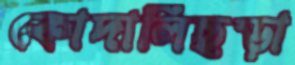
কোদালিছড়া